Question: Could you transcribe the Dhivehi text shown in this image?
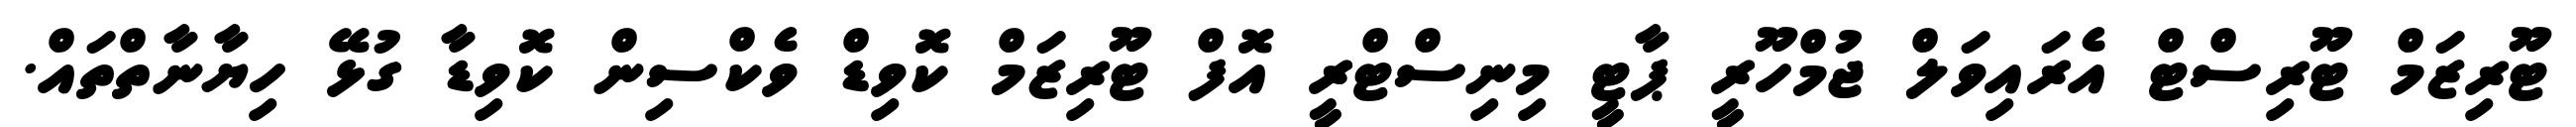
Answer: ޓޫރިޒަމް ޓޫރިސްޓް އެރައިވަލް ޖުމްހޫރީ ޕާޓީ މިނިސްޓްރީ އޮފް ޓޫރިޒަމް ކޮވިޑް ވެކްސިން ކޮވިޑާ ގުޅޭ ހިޔާނާތްތައް.